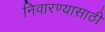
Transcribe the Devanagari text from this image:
निवारण्यासाठी